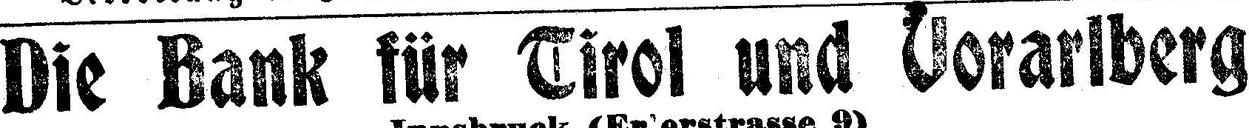
Die Bank für Tirol und Vorarlberg